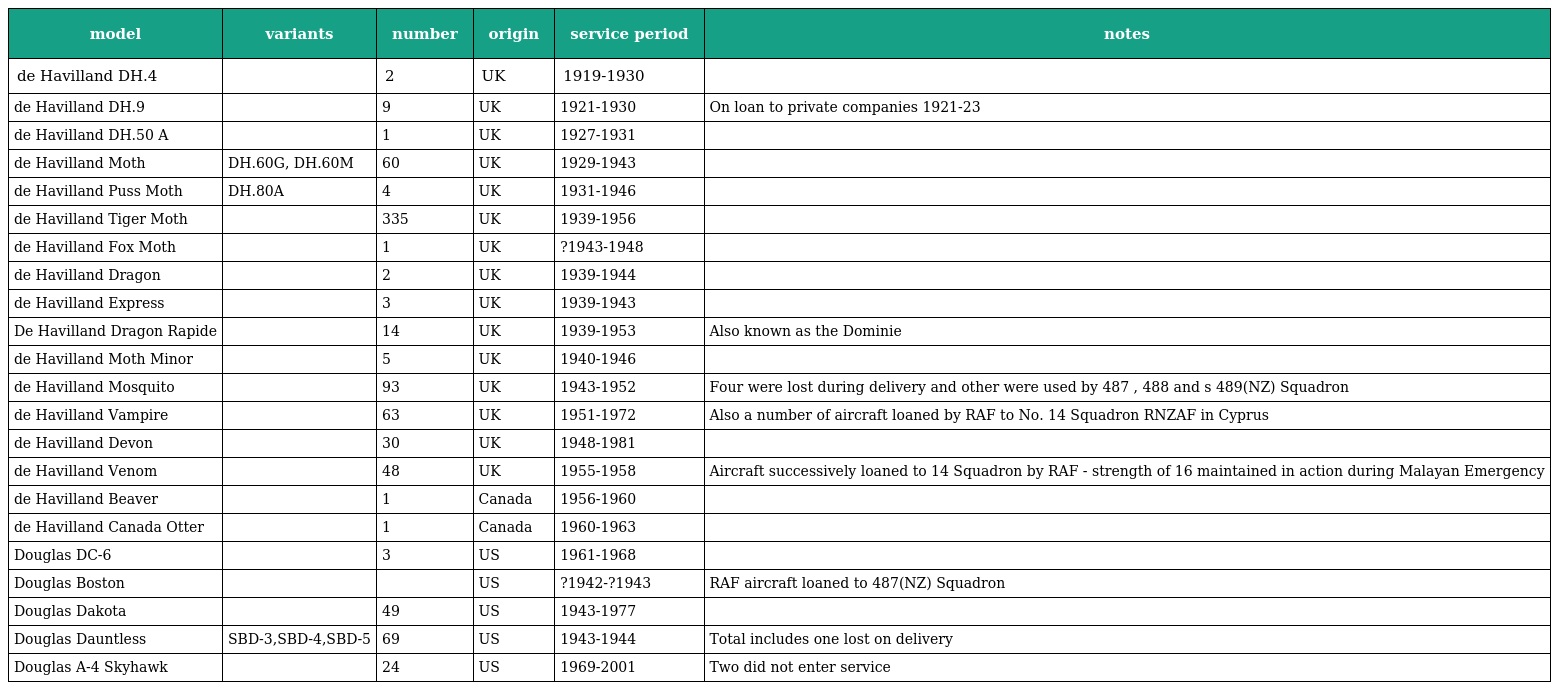
| model | variants | number | origin | service period | notes |
 | --- | --- | --- | --- | --- | --- |
 | de Havilland DH.4 |  | 2 | UK | 1919-1930 |  |
 | de Havilland DH.9 |  | 9 | UK | 1921-1930 | On loan to private companies 1921-23 |
 | de Havilland DH.50 A |  | 1 | UK | 1927-1931 |  |
 | de Havilland Moth | DH.60G, DH.60M | 60 | UK | 1929-1943 |  |
 | de Havilland Puss Moth | DH.80A | 4 | UK | 1931-1946 |  |
 | de Havilland Tiger Moth |  | 335 | UK | 1939-1956 |  |
 | de Havilland Fox Moth |  | 1 | UK | ?1943-1948 |  |
 | de Havilland Dragon |  | 2 | UK | 1939-1944 |  |
 | de Havilland Express |  | 3 | UK | 1939-1943 |  |
 | De Havilland Dragon Rapide |  | 14 | UK | 1939-1953 | Also known as the Dominie |
 | de Havilland Moth Minor |  | 5 | UK | 1940-1946 |  |
 | de Havilland Mosquito |  | 93 | UK | 1943-1952 | Four were lost during delivery and other were used by 487 , 488 and s 489(NZ) Squadron |
 | de Havilland Vampire |  | 63 | UK | 1951-1972 | Also a number of aircraft loaned by RAF to No. 14 Squadron RNZAF in Cyprus |
 | de Havilland Devon |  | 30 | UK | 1948-1981 |  |
 | de Havilland Venom |  | 48 | UK | 1955-1958 | Aircraft successively loaned to 14 Squadron by RAF - strength of 16 maintained in action during Malayan Emergency |
 | de Havilland Beaver |  | 1 | Canada | 1956-1960 |  |
 | de Havilland Canada Otter |  | 1 | Canada | 1960-1963 |  |
 | Douglas DC-6 |  | 3 | US | 1961-1968 |  |
 | Douglas Boston |  |  | US | ?1942-?1943 | RAF aircraft loaned to 487(NZ) Squadron |
 | Douglas Dakota |  | 49 | US | 1943-1977 |  |
 | Douglas Dauntless | SBD-3,SBD-4,SBD-5 | 69 | US | 1943-1944 | Total includes one lost on delivery |
 | Douglas A-4 Skyhawk |  | 24 | US | 1969-2001 | Two did not enter service |